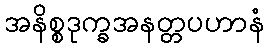
အနိစ္စဒုက္ခအနတ္တပဟာနံ